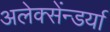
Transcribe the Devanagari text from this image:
अलेक्सेंन्डर्या